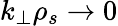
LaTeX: k_{\perp}\rho_{s}\to 0